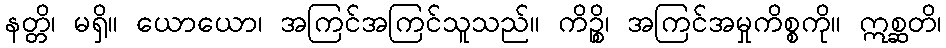
နတ္တိ၊ မရှိ။ ယောယော၊ အကြင်အကြင်သူသည်။ ကိဉ္စိ၊ အကြင်အမှုကိစ္စကို။ ဣစ္ဆတိ၊